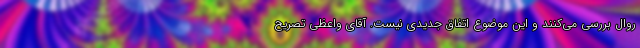
روال بررسی می‌کنند و این موضوع اتفاق جدیدی نیست. آقای واعظی تصریح